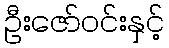
ဦးဇော်ဝင်းနှင့်